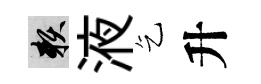
賴液乞升